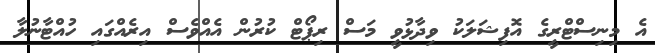
އެ މިނިސްޓްރީގެ އޮފިޝަލަކު ވިދާޅުވީ މަސް ރިޕޯޓް ކުރުން އެއްވެސް އިރެއްގައި ހުއްޓާނުލާ